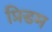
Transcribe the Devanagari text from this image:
प्रिडम